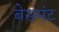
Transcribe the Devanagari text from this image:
बेसमंट